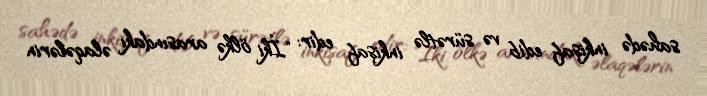
sahədə inkişaf edib və sürətlə inkişaf edir: "İki ölkə arasındakı əlaqələrin